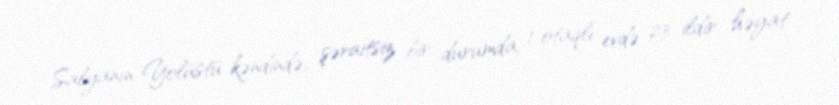
Salyanın Yolüstü kəndində, şəraitsiz bir durumda, 1 otaqlı evdə 23 ildir həyat